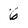
Character: 6